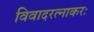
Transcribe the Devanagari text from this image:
विवादरत्नाकरः